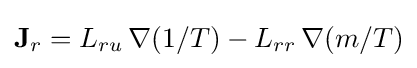
\mathbf {J} _{r}=L_{ru}\,\nabla (1/T)-L_{rr}\,\nabla (m/T)